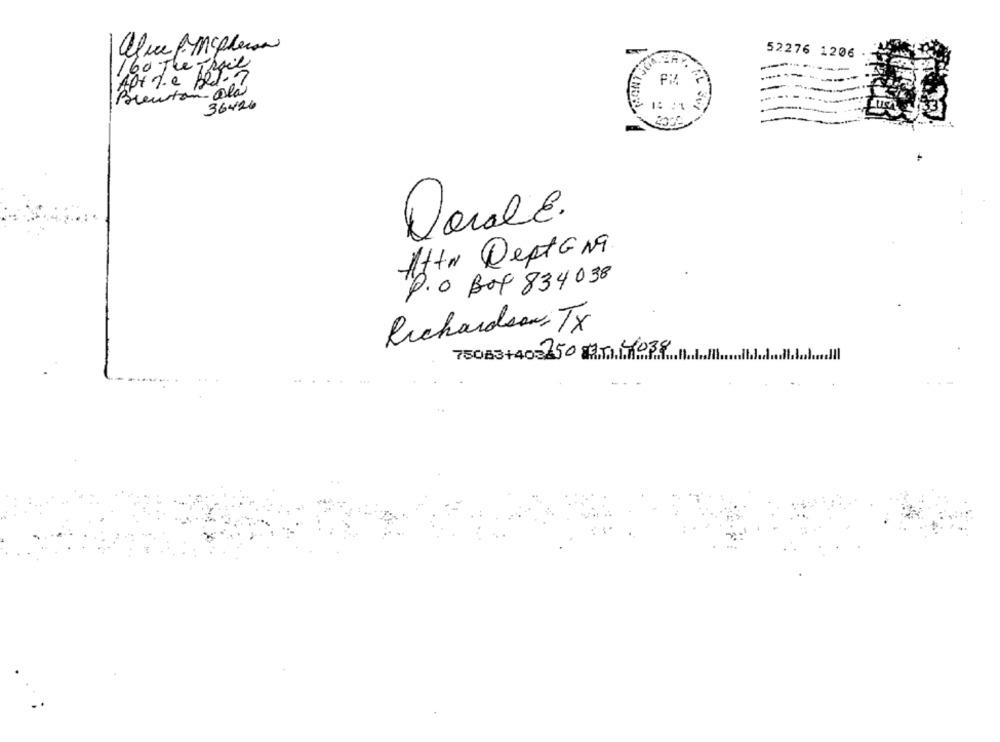
alice AMcpherson
52276 1206
160 The Th
--
e 36
Apt die Bed-7
Brenton- ala
36426
Darle.
After DeptoNa.
P.o Bot 834038
Richardson, Tx
75083+405250820114038